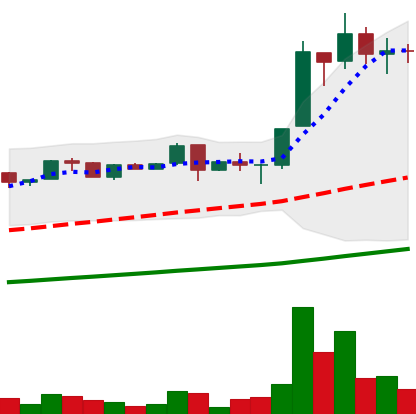
Ticker: LTC-USD
Chart end date: 2017-06-22
Forward return: -15.03%
Label: down_7plus